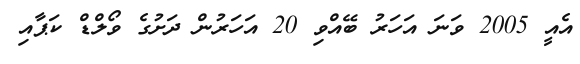
އެއީ 2005 ވަނަ އަހަރު ބޭއްވި 20 އަހަރުން ދަށުގެ ވޯލްޑް ކަޕާއި